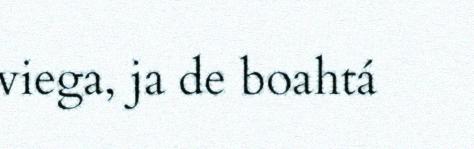
viega, ja de boahtá